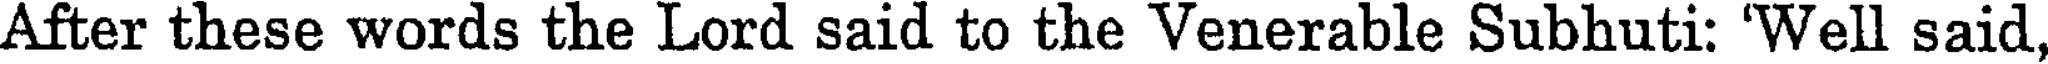
After these words the Lord said to the Venerable Subhuti: 'Well said,